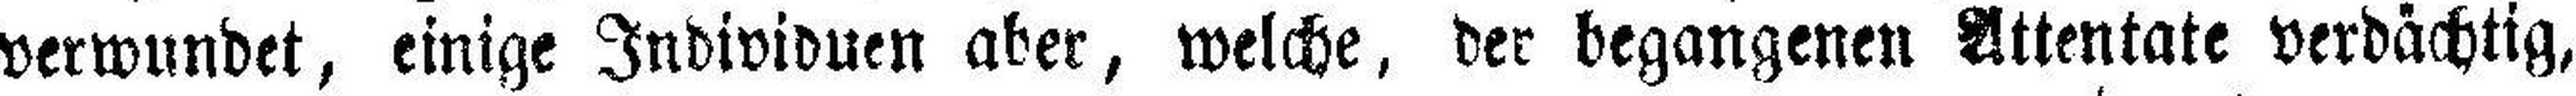
verwundet, einige Individuen aber, welche, der begangenen Attentate verdächtig,